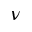
\nu